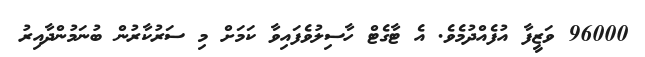
96000 ވަޒީފާ އުފެއްދުމެވެ. އެ ޓާގެޓް ހާސިލުވެފައިވާ ކަމަށް މި ސަރުކާރުން ބުނަމުންދާއިރު